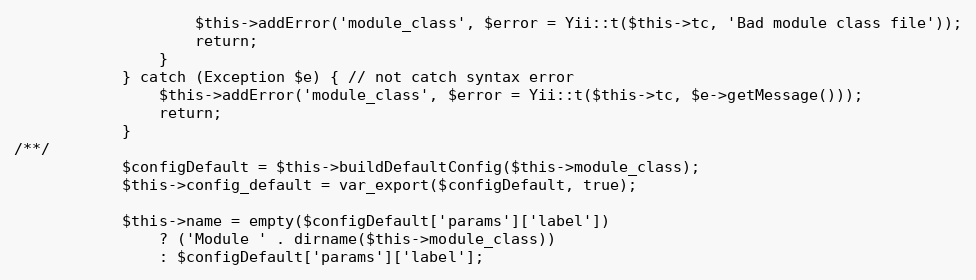
Language: PHP
                    $this->addError('module_class', $error = Yii::t($this->tc, 'Bad module class file'));
                    return;
                }
            } catch (Exception $e) { // not catch syntax error
                $this->addError('module_class', $error = Yii::t($this->tc, $e->getMessage()));
                return;
            }
/**/
            $configDefault = $this->buildDefaultConfig($this->module_class);
            $this->config_default = var_export($configDefault, true);

            $this->name = empty($configDefault['params']['label'])
                ? ('Module ' . dirname($this->module_class))
                : $configDefault['params']['label'];